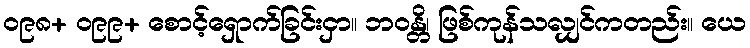
၀၉၈+ ၀၉၉+ စောင့်ရှောက်ခြင်းငှာ။ ဘဝန္တိ၊ ဖြစ်ကုန်သလျှင်ကတည်း။ ယေ